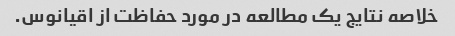
خلاصه نتایج یک مطالعه در مورد حفاظت از اقیانوس.